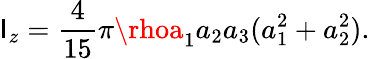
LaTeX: \mathsf{I}_{z}=\frac{{4}}{{15}}\pi\rhoa_{1}a_{2}a_{3}(a_{1}^{2}+a_{2}^{2}).